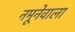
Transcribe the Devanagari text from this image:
नमूनेवाला